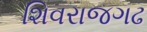
શિવરાજગઢ